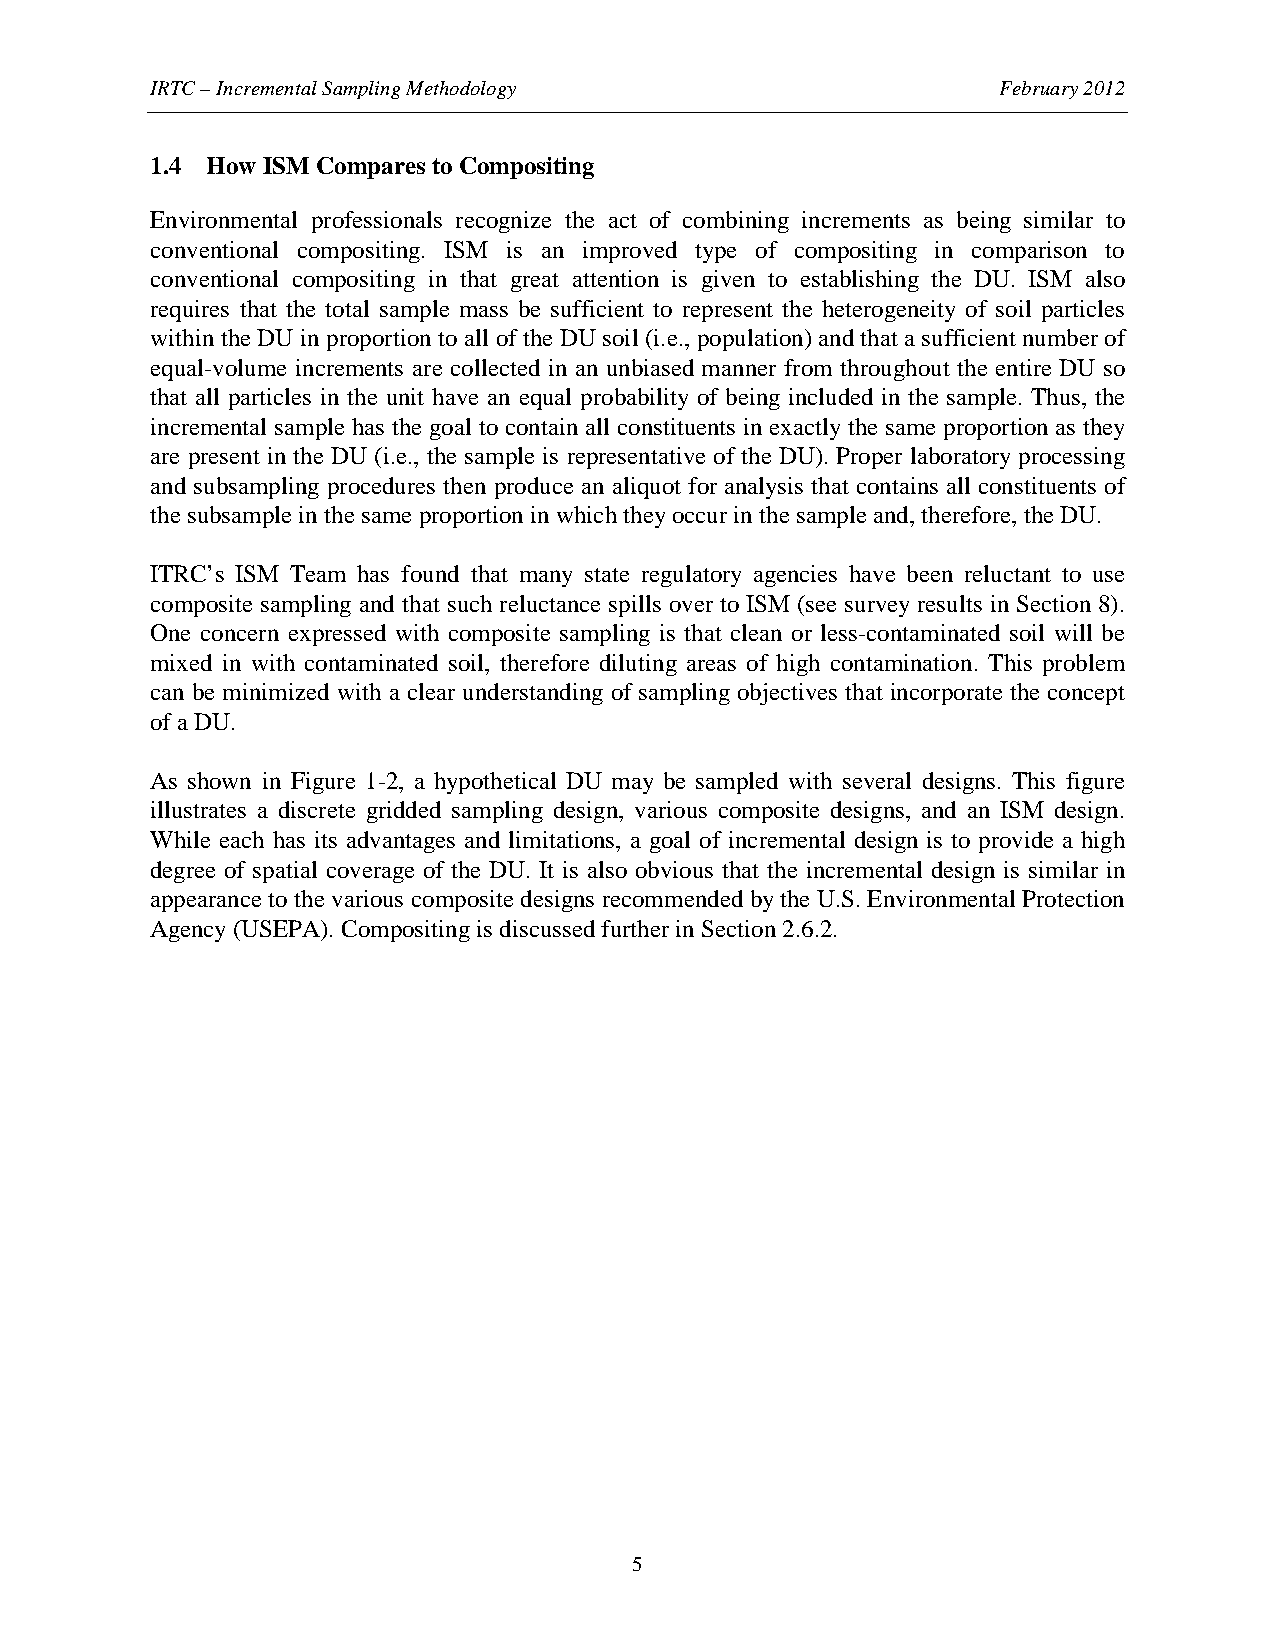
IRTC – Incremental Sampling Methodology                 February 2012
 1.4 How ISM Compares to Compositing
 Environmental professionals recognize the act of combining increments as being similar to
 conventional compositing. ISM is an improved type of compositing in comparison to
 conventional compositing in that great attention is given to establishing the DU. ISM also
 requires that the total sample mass be sufficient to represent the heterogeneity of soil particles
 within the DU in proportion to all of the DU soil (i.e., population) and that a sufficient number of
 equal-volume increments are collected in an unbiased manner from throughout the entire DU so
 that all particles in the unit have an equal probability of being included in the sample. Thus, the
 incremental sample has the goal to contain all constituents in exactly the same proportion as they
 are present in the DU (i.e., the sample is representative of the DU). Proper laboratory processing
 and subsampling procedures then produce an aliquot for analysis that contains all constituents of
 the subsample in the same proportion in which they occur in the sample and, therefore, the DU.
 ITRC’s ISM Team has found that many state regulatory agencies have been reluctant to use
 composite sampling and that such reluctance spills over to ISM (see survey results in Section 8).
 One concern expressed with composite sampling is that clean or less-contaminated soil will be
 mixed in with contaminated soil, therefore diluting areas of high contamination. This problem
 can be minimized with a clear understanding of sampling objectives that incorporate the concept
 of a DU.
 As shown in Figure 1-2, a hypothetical DU may be sampled with several designs. This figure
 illustrates a discrete gridded sampling design, various composite designs, and an ISM design.
 While each has its advantages and limitations, a goal of incremental design is to provide a high
 degree of spatial coverage of the DU. It is also obvious that the incremental design is similar in
 appearance to the various composite designs recommended by the U.S. Environmental Protection
 Agency (USEPA). Compositing is discussed further in Section 2.6.2.
 5